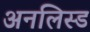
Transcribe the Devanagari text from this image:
अनलिस्ड